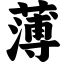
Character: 薄